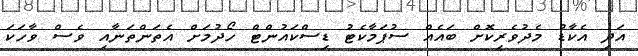
އަދި އެކާޑު މެދުވެރިކޮށް ބައެއް ސުޕަމާކެޓު ޑިސްކައުންޓް ހޯދުމަށް އެތަންތަނާއި ވެސް ވާހަކަ